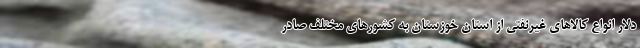
دلار انواع کالاهای غیرنفتی از استان خوزستان به کشورهای مختلف صادر